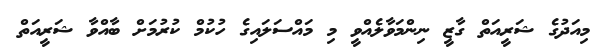
މިއަދުގެ ޝަރީއަތް ގާޒީ ނިންމަވާލެއްވީ މި މައްސަލައިގެ ހުކުމް ކުރުމަށް ބާއްވާ ޝަރީއަތް